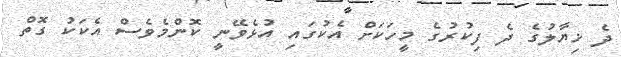
ދެ ޚިޔާލުގެ ދެ ފިކުރުގެ މީހަކަށް އެކުގައި އުޅެވޭނީ ކޮންމެވެސް އެކަކު ގޮތް